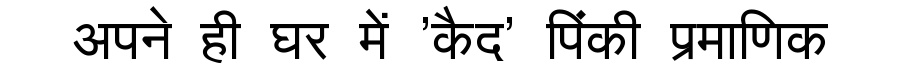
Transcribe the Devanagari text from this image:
अपने ही घर में 'कैद' पिंकी प्रमाणिक